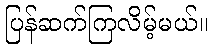
ပြန်ဆက်ကြလိမ့်မယ်။